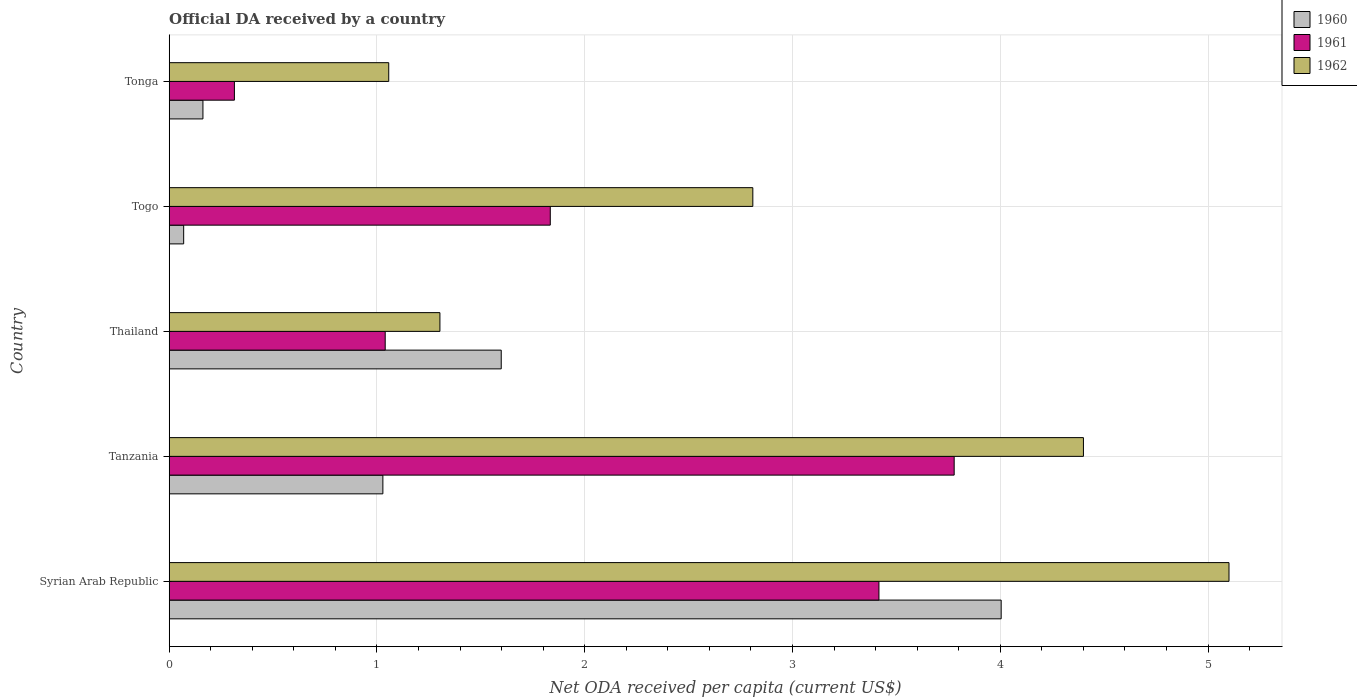
| Country | 1960 | 1961 | 1962 |
 | --- | --- | --- | --- |
 | Syrian Arab Republic | 4 | 3.42 | 5.1 |
 | Tanzania | 1.03 | 3.78 | 4.4 |
 | Thailand | 1.6 | 1.04 | 1.3 |
 | Togo | 0.0696 | 1.83 | 2.81 |
 | Tonga | 0.162 | 0.314 | 1.06 |